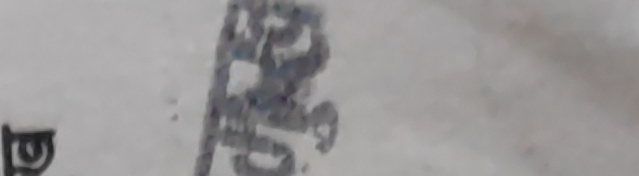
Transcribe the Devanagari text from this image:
पक्षम